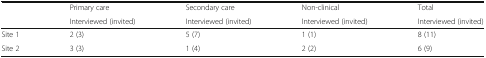
<table><thead><tr><td rowspan="2"></td><td><b>Primary care</b></td><td><b>Secondary care</b></td><td><b>Non-clinical</b></td><td><b>Total</b></td></tr><tr><td><b>Interviewed (invited)</b></td><td><b>Interviewed (invited)</b></td><td><b>Interviewed (invited)</b></td><td><b>Interviewed (invited)</b></td></tr></thead><tbody><tr><td>Site 1</td><td>2 (3)</td><td>5 (7)</td><td>1 (1)</td><td>8 (11)</td></tr><tr><td>Site 2</td><td>3 (3)</td><td>1 (4)</td><td>2 (2)</td><td>6 (9)</td></tr></tbody></table>